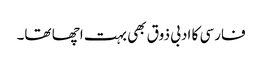
فارسی کا ادبی ذوق بھی بہت اچھا تھا۔